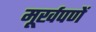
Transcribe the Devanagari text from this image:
मूर्खपणें